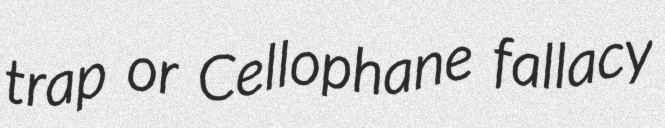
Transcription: trap or Cellophane fallacy